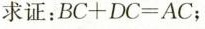
求证：$$B C + D C = A C$$；